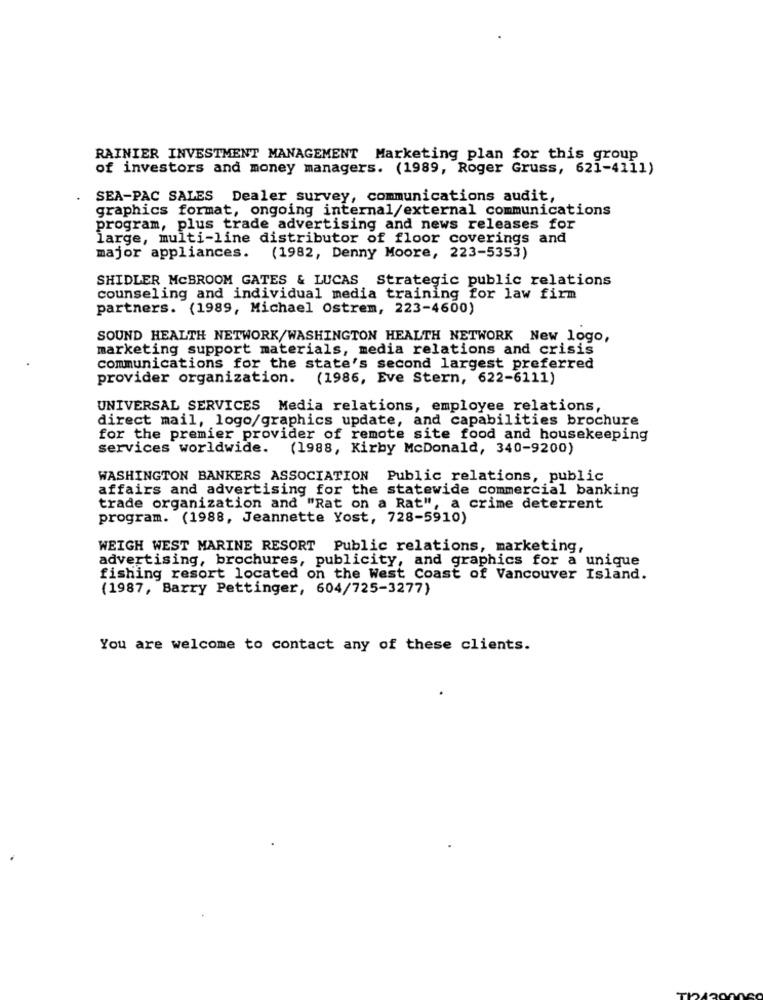
RAINIER INVESTMENT MANAGEMENT Marketing plan for this group
of investors and money managers. (1989, Roger Gruss, 621-4111)
SEA-PAC SALES Dealer survey, communications audit,
graphics format, ongoing internal/external communications
program, plus trade advertising and news releases for
large, multi-line distributor of floor coverings and
major appliances.
(1982, Denny Moore, 223-5353)
SHIDLER MCBROOM GATES & LUCAS Strategic public relations
counseling and individual media training for law firm
partners. (1989, Michael Ostrem, 223-4600)
SOUND HEALTH NETWORK/WASHINGTON HEALTH NETWORK New logo,
marketing support materials, media relations and crisis
communications for the state's second largest preferred
provider organization. (1986, Eve Stern, 622-6111)
UNIVERSAL SERVICES Media relations, employee relations,
direct mail, logo/graphics update, and capabilities brochure
for the premier provider of remote site food and housekeeping
services worldwide.
(1988, Kirby McDonald, 340-9200)
WASHINGTON BANKERS ASSOCIATION Public relations, public
affairs and advertising for the statewide commercial banking
trade organization and "Rat on a Rat", a crime deterrent
program. (1988, Jeannette Yost, 728-5910)
WEIGH WEST MARINE RESORT Public relations, marketing,
advertising, brochures, publicity, and graphics for a unique
fishing resort located on the West Coast of Vancouver Island.
(1987, Barry Pettinger, 604/725-3277)
You are welcome to contact any of these clients.